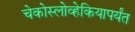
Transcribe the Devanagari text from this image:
चेकोस्लोव्हेकियापर्यंत